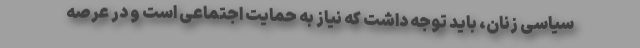
سیاسی زنان، باید توجه داشت که نیاز به حمایت اجتماعی است و در عرصه